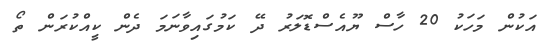
އަކުން މަހަކު 20 ހާސް ޔޫއެސްޑޮލަރު ދޭ ކަމުގައިވާނަމަ ދެން ކީއްކުރަން ތޯ